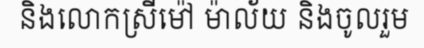
និងលោកស្រីម៉ៅ ម៉ាល័យ និងចូលរួម